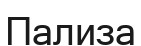
Пализа